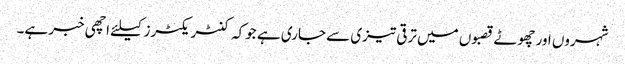
شہروں اور چھوٹے قصبوں میں ترقی تیزی سے جاری ہے جوکہ کنٹریکٹرز کیلئے اچھی خبر ہے۔